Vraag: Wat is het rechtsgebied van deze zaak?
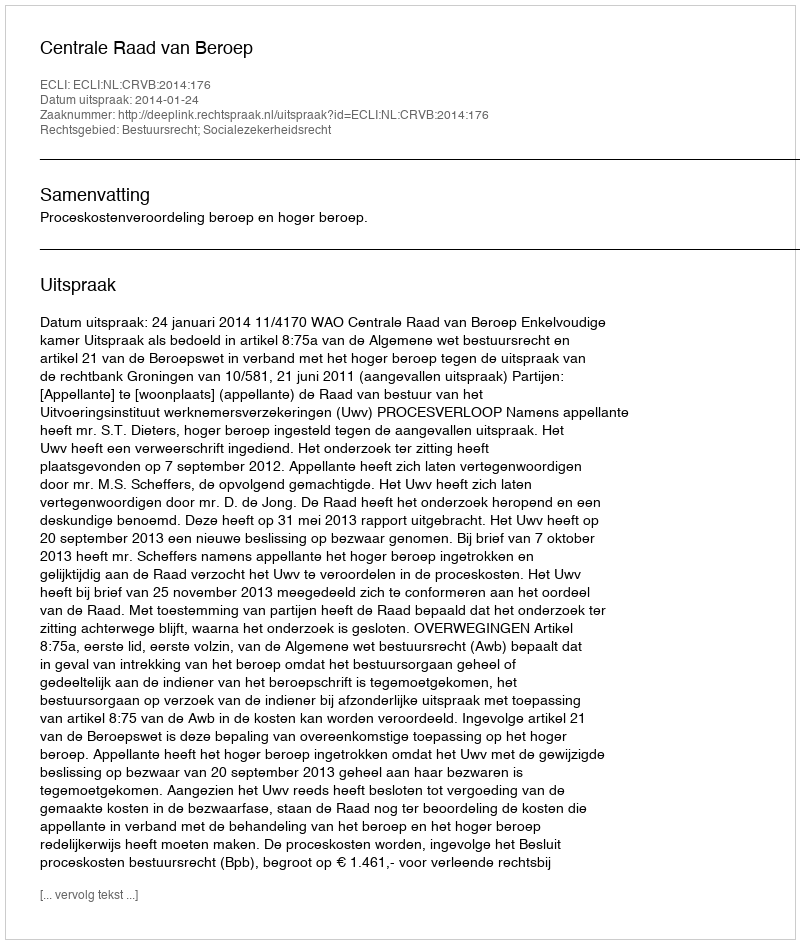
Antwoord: Bestuursrecht; Socialezekerheidsrecht